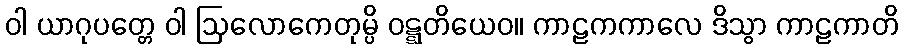
ဝါ ယာဂုပတ္တေ ဝါ ဩလောကေတုမ္ပိ ဝဋ္ဋတိယေဝ။ ကာဠကကာလေ ဒိသွာ ကာဠကာတိ